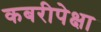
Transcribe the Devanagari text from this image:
कबरीपेक्षा